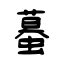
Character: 蟇